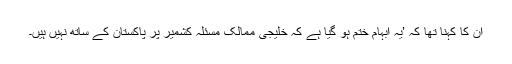
ان کا کہنا تھا کہ ’یہ ابہام ختم ہو گیا ہے کہ خلیجی ممالک مسئلہ کشمیر پر پاکستان کے ساتھ نہیں ہیں۔